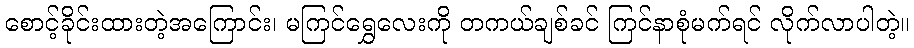
စောင့်ခိုင်းထားတဲ့အကြောင်း၊ မကြင်ရွှေလေးကို တကယ်ချစ်ခင် ကြင်နာစုံမက်ရင် လိုက်လာပါတဲ့။